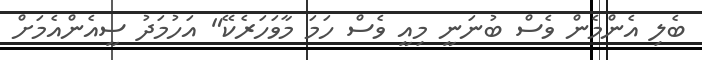
ބެލި އެންމެން ވެސް ބުނަނީ މިއީ ވެސް ހަމަ މާވަހަރެކޭ" އަހުމަދު ސީއެންއެމަށް